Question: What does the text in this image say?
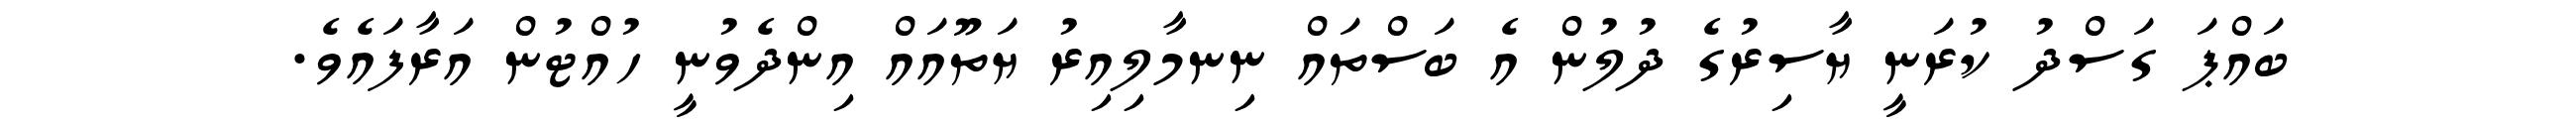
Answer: ބައްޕަ ގަސްދު ކުރަނީ ޔާސިރުގެ ދުލުން އެ ބަސްތައް ނިނމާލިއިރު ޔަތޫއައް އިންދެވުނީ ހުއްޓުން އަރާފައެވެ.